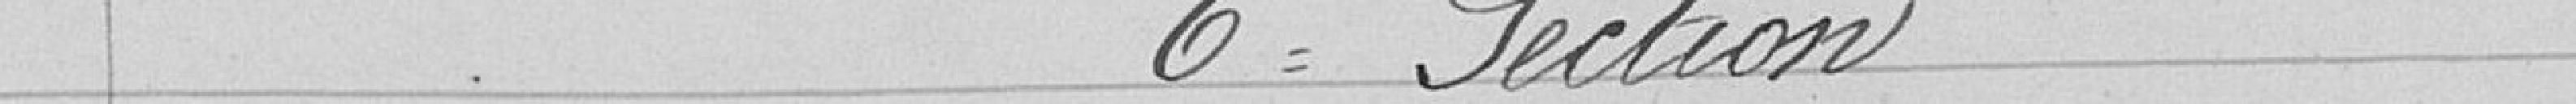
6è Section